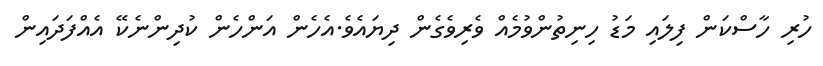
ހުރި ހާސްކަން ފިލައި މަޑު ހިނިތުންވުމެއް ވެރިވެގެން ދިޔައެވެ.އެހެން އަންހެން ކުދިންނެކޭ އެއްފަދައިން